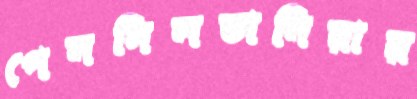
পেনসিলভানিয়ায়